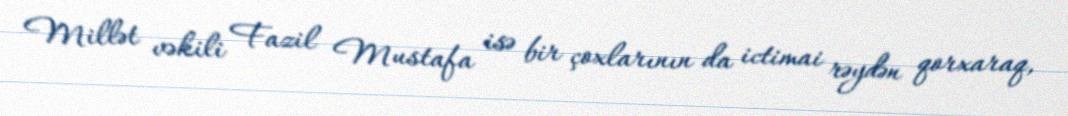
Millət vəkili Fazil Mustafa isə bir çoxlarının da ictimai rəydən qorxaraq,